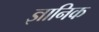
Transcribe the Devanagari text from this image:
ज्ञानिक